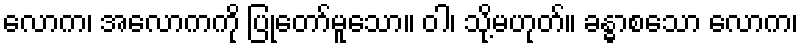
လောက၊ အလောကကို ပြုတော်မူသော။ ဝါ၊ သို့မဟုတ်။ ခန္ဓာစသော လောက၊